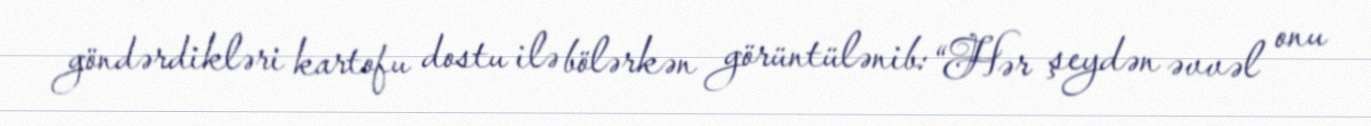
göndərdikləri kartofu dostu ilə bölərkən görüntülənib: “Hər şeydən əvvəl onu